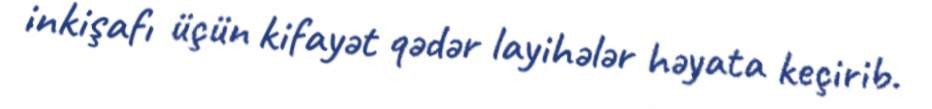
inkişafı üçün kifayət qədər layihələr həyata keçirib.